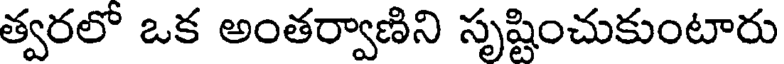
త్వరలో ఒక అంతర్వాణిని సృష్టించుకుంటారు